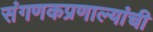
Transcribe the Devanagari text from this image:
संगणकप्रणाल्यांची